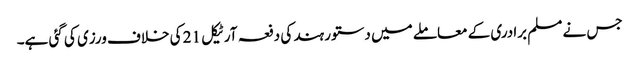
جس نے مسلم برادری کے معاملے میں دستور ہند کی دفعہ آرٹیکل 21 کی خلاف ورزی کی گئی ہے۔